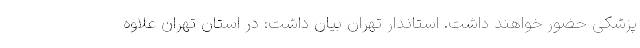
پزشکی حضور خواهند داشت. استاندار تهران بیان داشت: در استان تهران علاوه